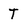
Character: T